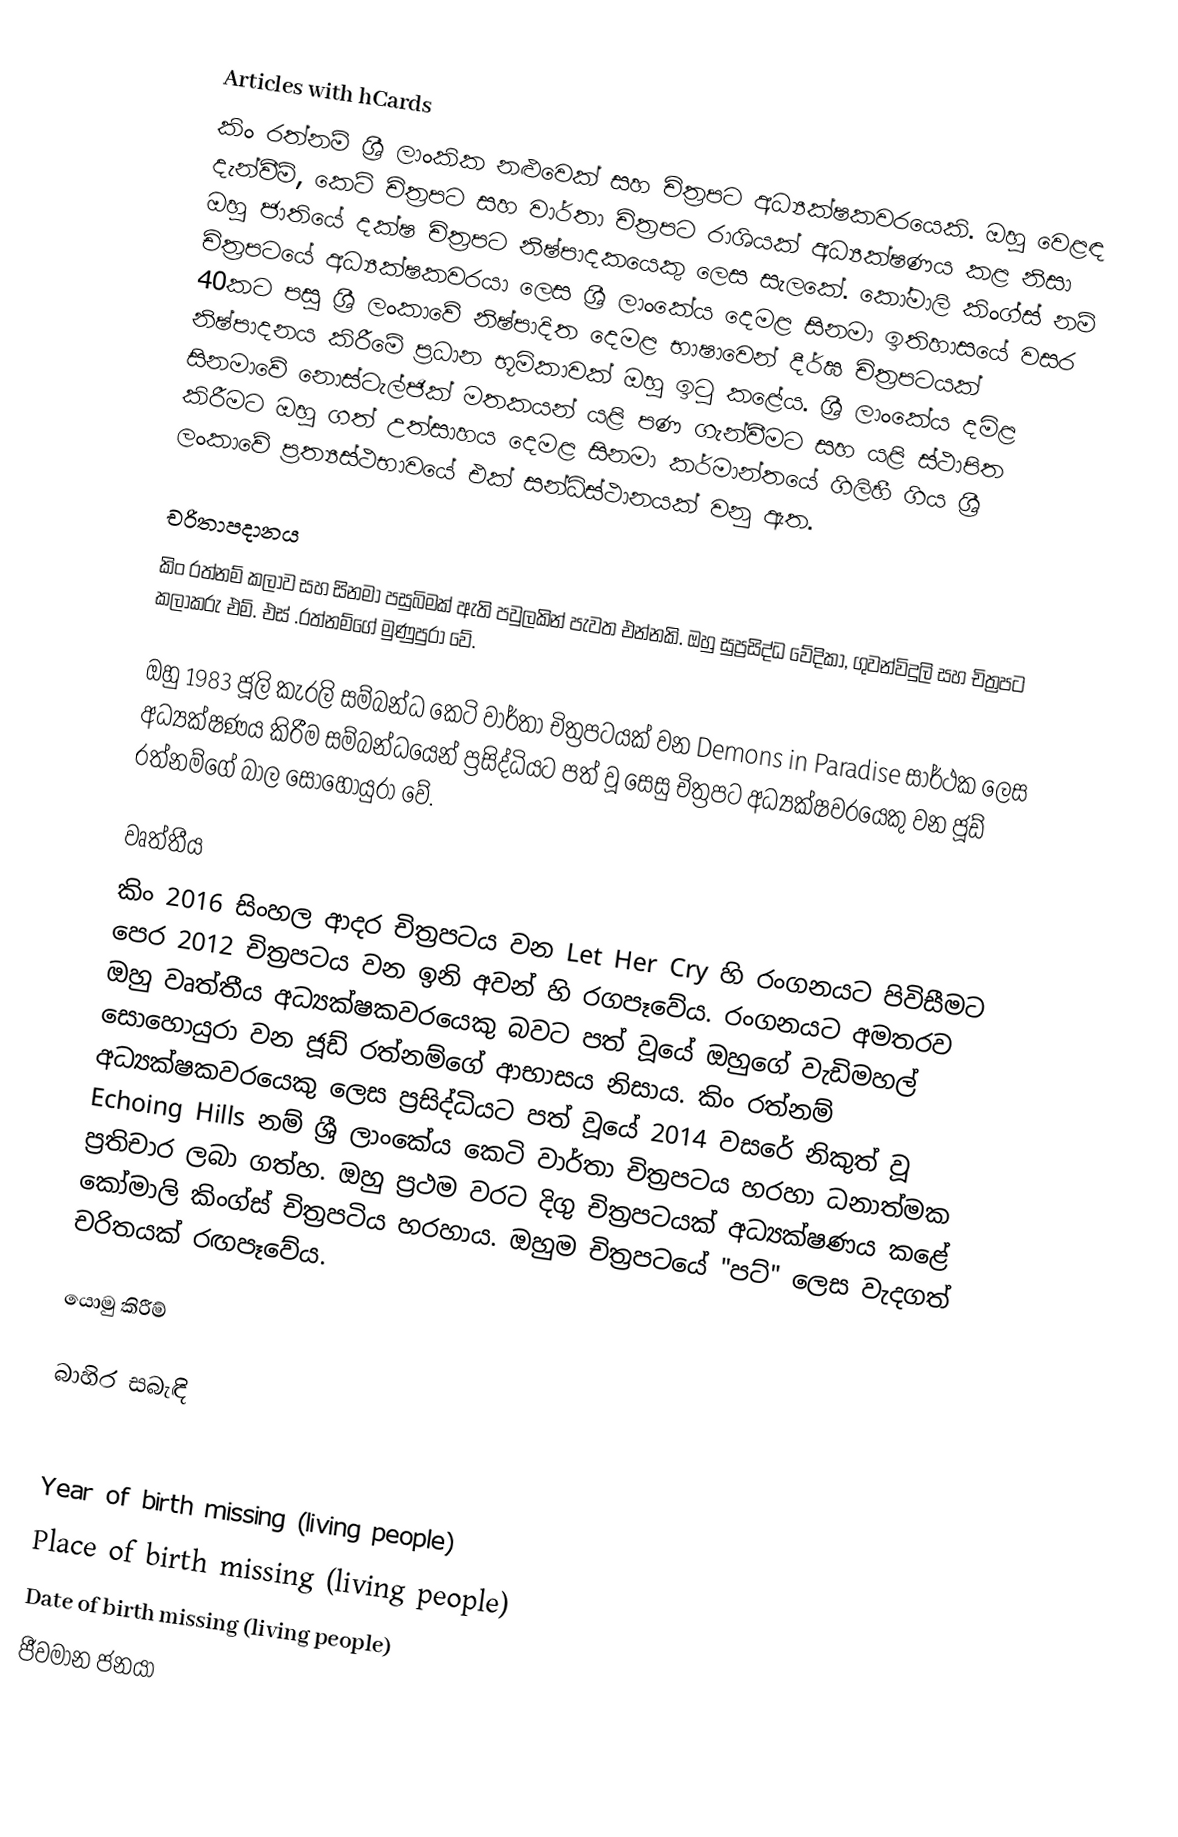
Articles with hCards
කිං රත්නම් ශ්‍රී ලාංකික නළුවෙක් සහ චිත්‍රපට අධ්‍යක්ෂකවරයෙකි. ඔහු වෙළඳ දැන්වීම්, කෙටි චිත්‍රපට සහ වාර්තා චිත්‍රපට රාශියක් අධ්‍යක්ෂණය කළ නිසා ඔහු ජාතියේ දක්ෂ චිත්‍රපට නිෂ්පාදකයෙකු ලෙස සැලකේ. කෝමාලි කිංග්ස් නම් චිත්‍රපටයේ අධ්‍යක්ෂකවරයා ලෙස ශ්‍රී ලාංකේය දෙමළ සිනමා ඉතිහාසයේ වසර 40කට පසු ශ්‍රී ලංකාවේ නිෂ්පාදිත දෙමළ භාෂාවෙන් දීර්ඝ චිත්‍රපටයක් නිෂ්පාදනය කිරීමේ ප්‍රධාන භූමිකාවක් ඔහු ඉටු කළේය. ශ්‍රී ලාංකේය දමිළ සිනමාවේ නොස්ටැල්ජික් මතකයන් යළි පණ ගැන්වීමට සහ යළි ස්ථාපිත කිරීමට ඔහු ගත් උත්සාහය දෙමළ සිනමා කර්මාන්තයේ ගිලිහී ගිය ශ්‍රී ලංකාවේ ප්‍රත්‍යස්ථභාවයේ එක් සන්ධිස්ථානයක් වනු ඇත.

චරිතාපදානය
කිං රත්නම් කලාව සහ සිනමා පසුබිමක් ඇති පවුලකින් පැවත එන්නකි. ඔහු සුප්‍රසිද්ධ වේදිකා, ගුවන්විදුලි සහ චිත්‍රපට කලාකරු එම්. එස් .රත්නම්ගේ මුණුපුරා වේ.

ඔහු 1983 ජූලි කැරලි සම්බන්ධ කෙටි වාර්තා චිත්‍රපටයක් වන Demons in Paradise සාර්ථක ලෙස අධ්‍යක්ෂණය කිරීම සම්බන්ධයෙන් ප්‍රසිද්ධියට පත් වූ සෙසු චිත්‍රපට අධ්‍යක්ෂවරයෙකු වන ජූඩ් රත්නම්ගේ බාල සොහොයුරා වේ.

වෘත්තීය
කිං 2016 සිංහල ආදර චිත්‍රපටය වන Let Her Cry හි රංගනයට පිවිසීමට පෙර 2012 චිත්‍රපටය වන ඉනි අවන් හි රගපෑවේය. රංගනයට අමතරව ඔහු වෘත්තීය අධ්‍යක්ෂකවරයෙකු බවට පත් වූයේ ඔහුගේ වැඩිමහල් සොහොයුරා වන ජූඩ් රත්නම්ගේ ආභාසය නිසාය. කිං රත්නම් අධ්‍යක්ෂකවරයෙකු ලෙස ප්‍රසිද්ධියට පත් වූයේ 2014 වසරේ නිකුත් වූ Echoing Hills නම් ශ්‍රී ලාංකේය කෙටි වාර්තා චිත්‍රපටය හරහා ධනාත්මක ප්‍රතිචාර ලබා ගත්හ. ඔහු ප්‍රථම වරට දිගු චිත්‍රපටයක් අධ්‍යක්ෂණය කළේ කෝමාලි කිංග්ස් චිත්‍රපටිය හරහාය. ඔහුම චිත්‍රපටයේ "පට්" ලෙස වැදගත් චරිතයක් රඟපෑවේය.

යොමු කිරීම්

බාහිර සබැඳි

Year of birth missing (living people)
Place of birth missing (living people)
Date of birth missing (living people)
ජීවමාන ජනයා